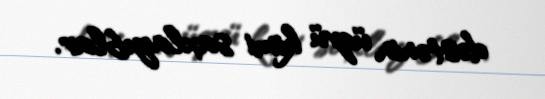
dəstənin üzvü kimi saxlayıblar.